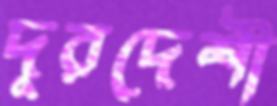
দূরদেশী